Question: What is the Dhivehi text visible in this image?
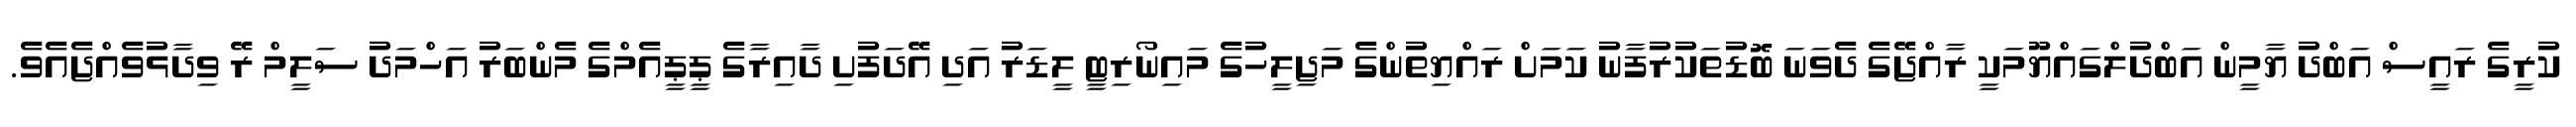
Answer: ކުރީގެ ރައީސް އަބްދު ޔާމީން އަބްދުލްގައްޔޫމަކީ ރާއްޖޭގެ ދެވަނަ ބޮޑުތަކުރުފާނު ކަމަށް ރައްޔިތުންގެ މަޖިލީހުގެ މައިނޯރިޓީ ލީޑަރު އަދި އޭދަފުށި ދާއިރާގެ ޕީޕީއެމްގެ މެންބަރު އަހްމަދު ސަލީމް ރޭ ވިދާޅުވެއްޖެއެވެ.